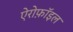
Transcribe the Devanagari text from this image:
ऐरोफ़ॉइल